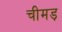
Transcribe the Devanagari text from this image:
चीमड़